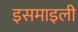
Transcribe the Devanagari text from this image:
इसमाइली